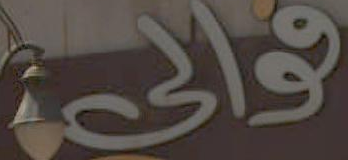
فوالية